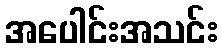
အပေါင်းအသင်း